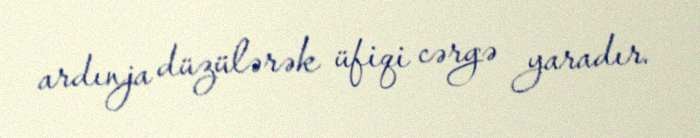
ardınja düzülərək üfiqi cərgə yaradır.